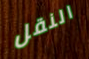
النقل